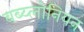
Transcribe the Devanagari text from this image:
बब्य्लोनियन